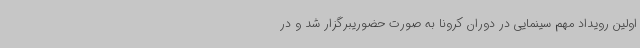
اولین رویداد مهم سینمایی در دوران کرونا به صورت حضوریبرگزار شد و در